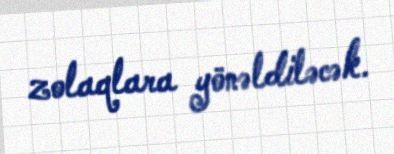
zolaqlara yönəldiləcək.